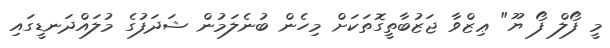
މީ ފޯލް ފޯ ޔޫ" ޢިޒްވާ ޖަޒުބާތީގޮތަކަށް މިހެން ބުނެލަމުން ޝަދަފުގެ މުލައްދަނޑީގައި